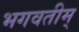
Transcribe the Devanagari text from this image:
भगवतीम्